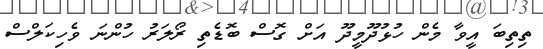
ތިތިބަ އީވާ މެން ހުޅުދޫމީދޫ އަށް ގޮސް ބޮޑެތި ރޯލަރު ހުންނަ ވެހިކަލްސް